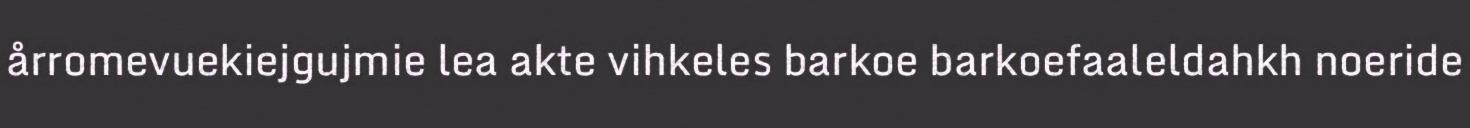
årromevuekiejgujmie lea akte vihkeles barkoe barkoefaaleldahkh noeride